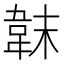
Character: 韎